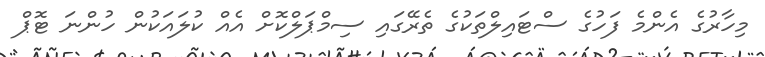
މިހާރުގެ އެންމެ ފަހުގެ ސްޓައިލްތަކުގެ ތެރޭގައި ސިމްޕަލްކޮށް އެއް ކުލައަކުން ހުންނަ ޓޮޕް